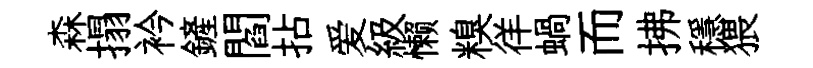
森搨衿鏟閻拈爱級懒糗徉蝸而拂穩猥